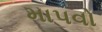
માપવો